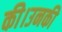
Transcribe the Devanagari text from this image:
की।उनकी